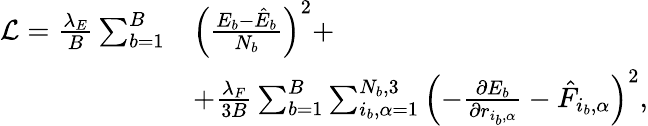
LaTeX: \begin{array}{rl}{\mathcal{L}=\frac{\lambda_{E}}{B}\sum_{b=1}^{B}}&{\left(\frac{E_{b}-\hat{E}_{b}}{N_{b}}\right)^{2}+}\\ &{+\frac{\lambda_{F}}{3B}\sum_{b=1}^{B}\sum_{i_{b},\alpha=1}^{N_{b},3}\left(-\frac{\partial E_{b}}{\partial r_{i_{b},\alpha}}-\hat{F}_{i_{b},\alpha}\right)^{2},}\end{array}